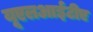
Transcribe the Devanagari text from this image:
यूएलआईटीए